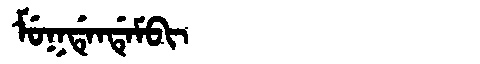
Manchu: ᠮᡠᡴᡩᡝᠨᡩᡝᠮᠪᡳ
Romanization: MUKDENDEMBI